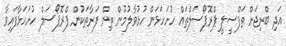
އަދި ބްރިޖަށް ތަފްސީލީ ޕްރޮޕޯސަލްތައް ހުށަހަޅަން ހުޅުވާލުމުން ތިން ފަރާތަކުން ޕްރޮޕޯސަލް ހުށަހަޅާފައިވާ